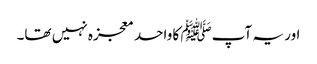
اور یہ آپﷺ کا واحد معجزہ نہیں تھا۔